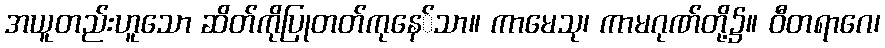
အယူတည်းဟူသော ဆိတ်ကိုပြုတတ်ကုနေ်သာ။ ကာမေသု၊ ကာမဂုဏ်တို့၌။ ဝီတရာဂေ၊